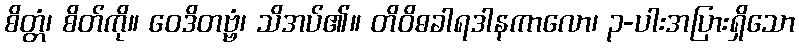
စိတ္တံ၊ စိတ်ကို။ ဝေဒိတဗ္ဗံ၊ သိအပ်၏။ တိဝိဓခါရဒါနကာလော၊ ၃-ပါးအပြားရှိသော